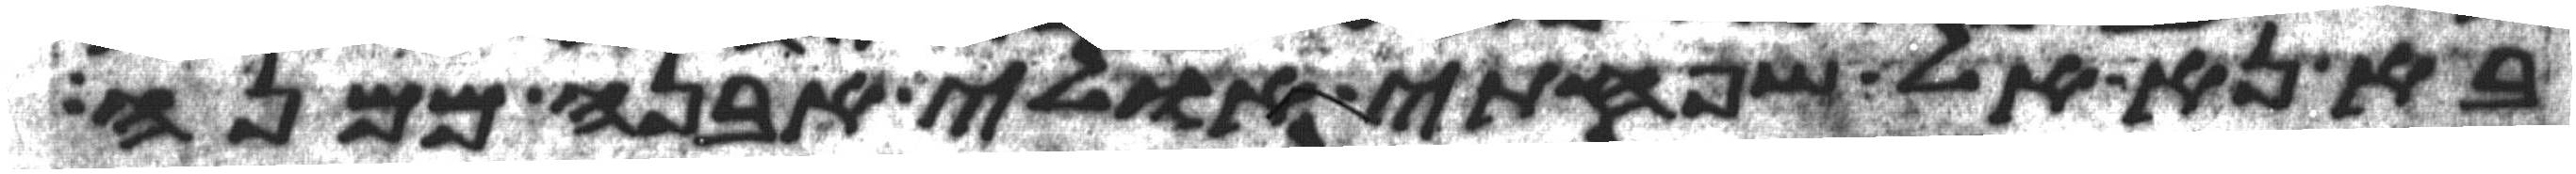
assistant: בא נא אל שפחתי אולי אבנה ממנה